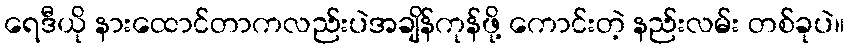
ရေဒီယို နားထောင်တာကလည်းပဲအချိန်ကုန်ဖို့ ကောင်းတဲ့ နည်းလမ်း တစ်ခုပဲ။